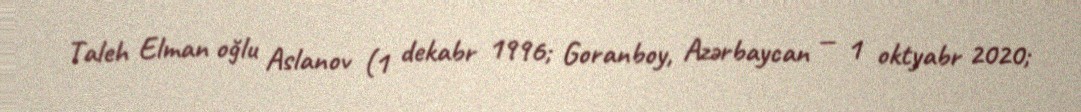
Taleh Elman oğlu Aslanov (1 dekabr 1996; Goranboy, Azərbaycan — 1 oktyabr 2020;